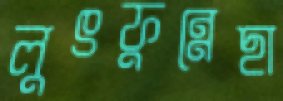
লুৎফুন্নেছা